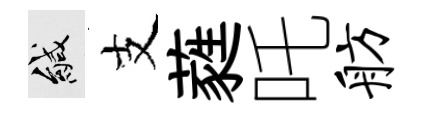
緘支蕤吒舫